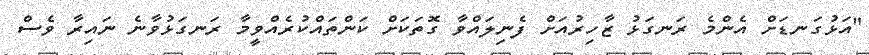
"އަޅުގަނޑަށް އެންމެ ރަނގަޅު ޒާހިރުއަށް ފެނިލައްވާ ގޮތަކަށް ކަންތައްކުރެއްވީމާ ރަނގަޅުވާނެ ނައިރާ ވެސް